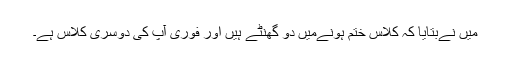
میں نےبتایا کہ کلاس ختم ہونےمیں دو گھنٹے ہیں اور فوری آپ کی دوسری کلاس ہے۔